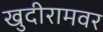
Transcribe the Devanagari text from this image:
खुदीरामवर